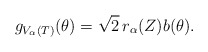
\begin{align*}g_{V_\alpha(T)}(\theta)=\sqrt{2}\,r_\alpha(Z)b(\theta).\end{align*}